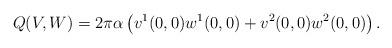
LaTeX: \begin{align*} Q(V, W) = 2 \pi \alpha \left( v^1(0,0) w^1(0,0) + v^2(0,0) w^2(0,0) \right).\end{align*}